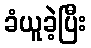
ခံယူခဲ့ပြီး